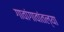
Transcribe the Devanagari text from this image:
गावांगावांतल्या